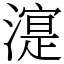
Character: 㵓